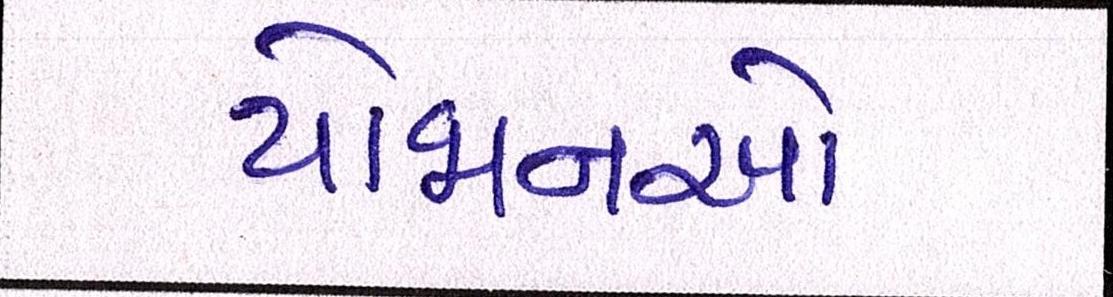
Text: યોજાનઓ